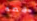
قصه